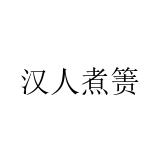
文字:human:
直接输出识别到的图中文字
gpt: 汉人煮箦